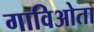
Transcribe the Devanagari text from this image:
गाविओता